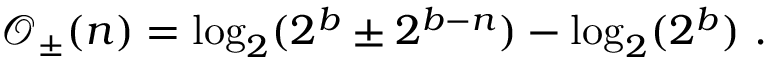
\mathcal { O } _ { \pm } ( n ) = \log _ { 2 } ( 2 ^ { b } \pm 2 ^ { b - n } ) - \log _ { 2 } ( 2 ^ { b } ) \ .